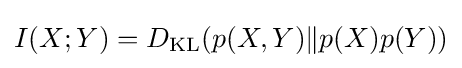
I(X;Y)=D_{\mathrm {KL} }(p(X,Y)\|p(X)p(Y))